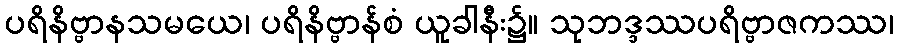
ပရိနိဗ္ဗာနသမယေ၊ ပရိနိဗ္ဗာန်စံ ယူခါနီး၌။ သုဘဒ္ဒဿပရိဗ္ဗာဇကဿ၊